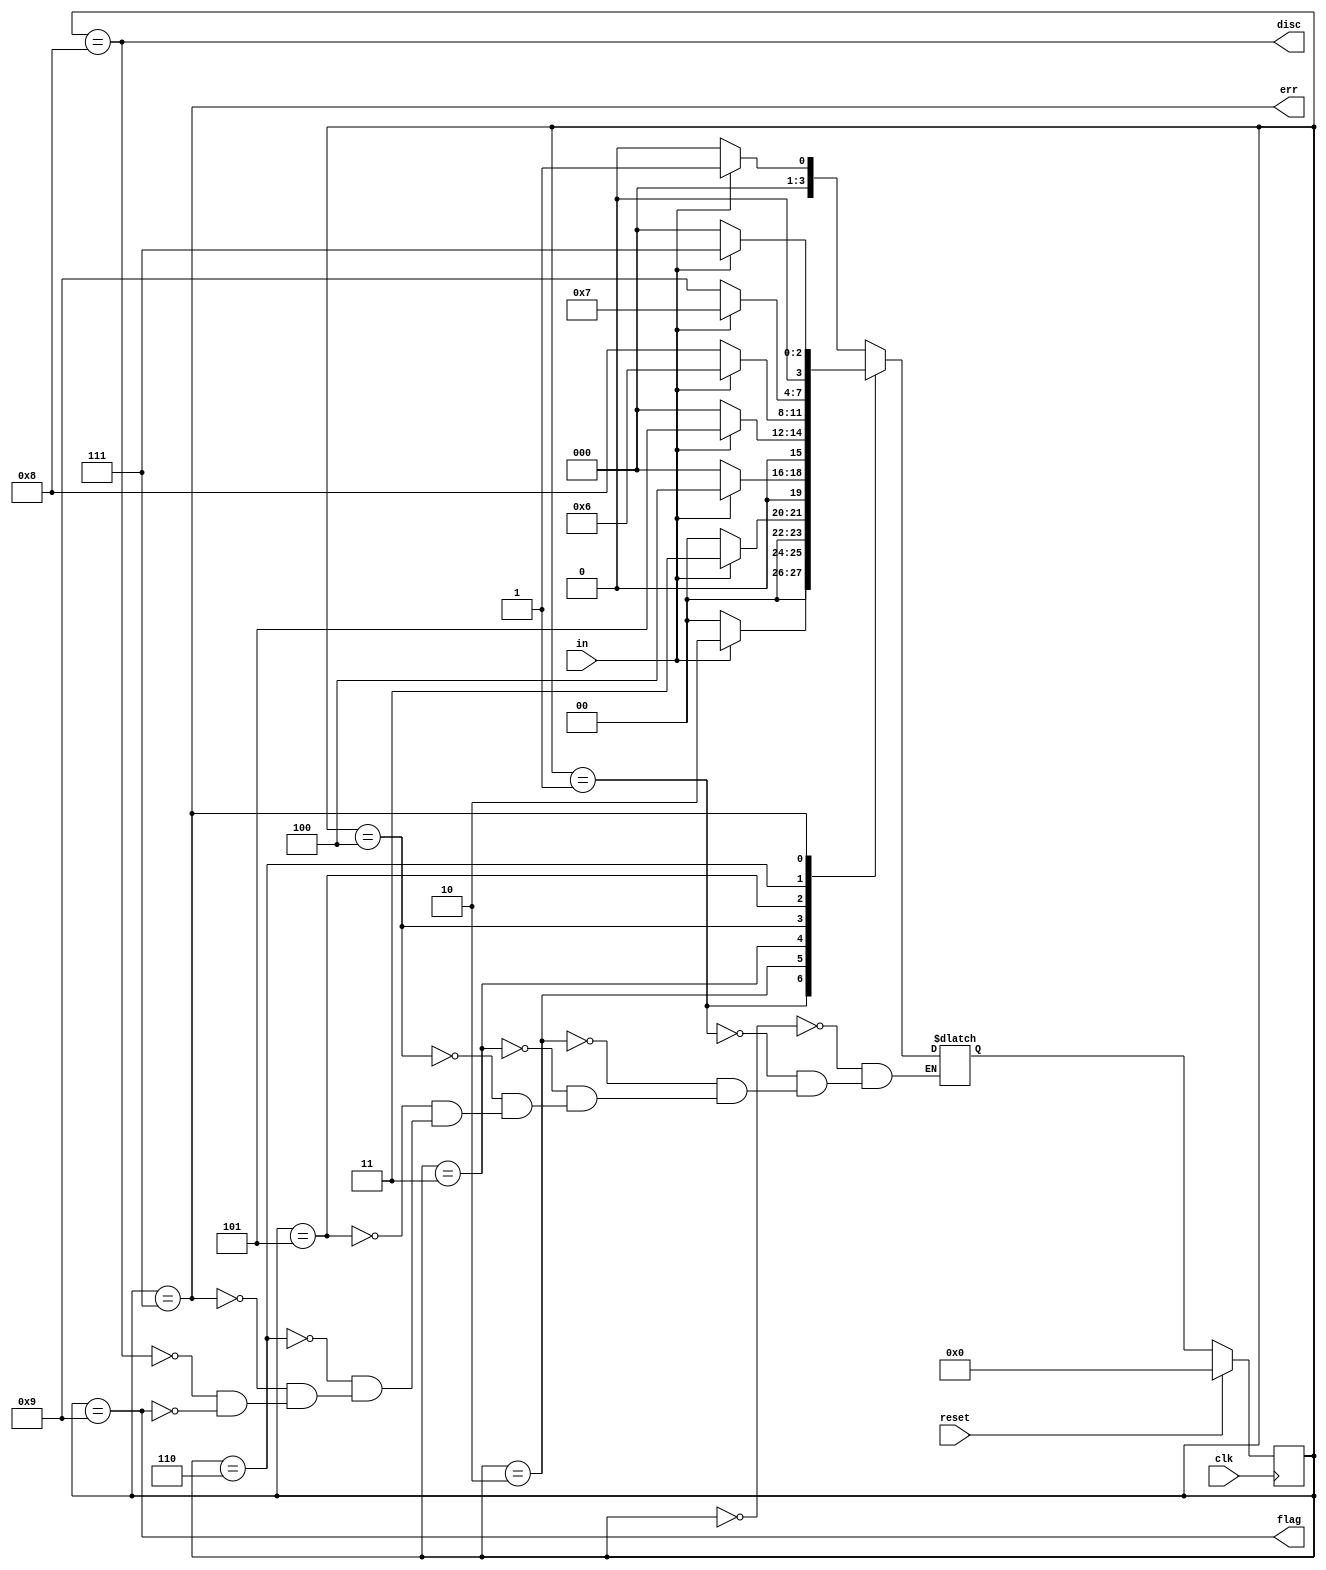
module top_module(
    input clk,
    input reset,    // Synchronous reset
    input in,
    output disc,
    output flag,
    output err);
    
    localparam NONE=0,ONE=1,TWO=2,THREE=3,FOUR=4,FIVE=5,SIX=6,ERROR=7,DISCARD=8,FLAG=9;
    reg [3:0] pstate , nstate;
    
    always @(posedge clk)
        begin
            if(reset)
               pstate <= NONE;
            else
               pstate <= nstate;
        end
    
    always @(*)
        begin
            case(pstate)
                NONE: nstate = in?ONE:NONE;
                ONE: nstate = in?TWO:NONE;
                TWO: nstate = in?THREE:NONE;
                THREE: nstate = in?FOUR:NONE;
                FOUR: nstate = in?FIVE:NONE;
                FIVE: nstate = in?SIX:DISCARD;
                SIX: nstate = in?ERROR:FLAG;
                ERROR: nstate = in?ERROR:NONE;
                DISCARD: nstate = in?ONE:NONE;
                FLAG: nstate = in?ONE:NONE;
            endcase
        end
	assign disc = pstate==DISCARD;
  assign err = pstate==ERROR;
	assign flag = pstate==FLAG;

endmodule